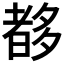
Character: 𡗀